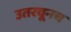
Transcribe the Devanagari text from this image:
उतरवूनच